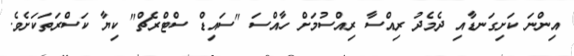
އިންނަ ކަށިގަނޑާއި ދެމެދު ރިއްސާ ރިއްސުމަށް ހާއްސަ "ސައިޑް ސްޓްރެޗް" ކިޔާ ކަސްރަތަކަށެވެ.